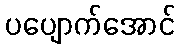
ပပျောက်အောင်